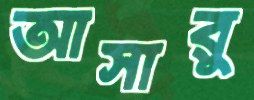
আসারু